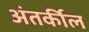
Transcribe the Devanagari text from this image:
अंतर्कील